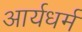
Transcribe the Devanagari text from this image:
आर्यधर्म